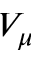
V _ { \mu }